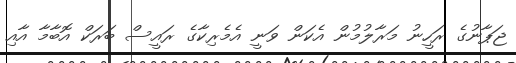
ޖަޕާނުގެ ރަހީނު މަރާލުމުން އެކަން ވަނީ އެމެރިކާގެ ރައީސް ބަރަކް އޮބާމާ އާއި